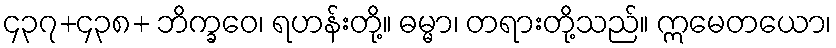
၄၃၇+၄၃၈+ ဘိက္ခဝေ၊ ရဟန်းတို့။ ဓမ္မာ၊ တရားတို့သည်။ ဣမေတယော၊